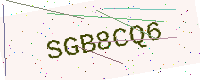
Text: SGB8CQ6